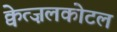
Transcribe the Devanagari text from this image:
क्वेत्ज़लकोटल